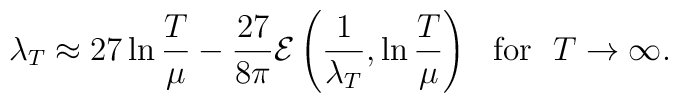
\lambda_T\approx 27\ln\frac{T}{\mu}-\frac{27}{8\pi}{\cal E} \left(\frac{1}{\lambda_T},\ln \frac{T}{\mu}\right)~~{\rm for}~~T\rightarrow \infty.